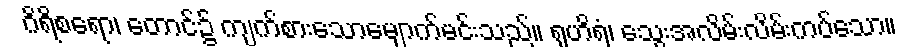
ဂိရိစရော၊ တောင်၌ ကျက်စားသောမျောက်မင်းသည်။ ရုဟိရံ၊ သွေးအလိမ်းလိမ်းကပ်သော။